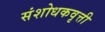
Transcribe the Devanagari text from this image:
संशोधकवृत्ती